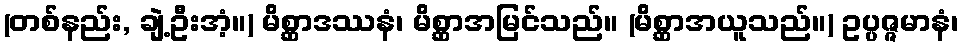
(တစ်နည်း, ချဲ့ဦးအံ့။) မိစ္ဆာဒဿနံ၊ မိစ္ဆာအမြင်သည်။ (မိစ္ဆာအယူသည်။) ဥပ္ပဇ္ဇမာနံ၊